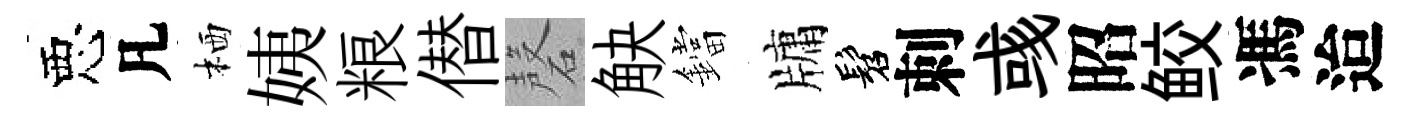
惡凡栖姨粮僣磬觖鐺牗髫刺彧昭鲛馮迨